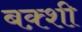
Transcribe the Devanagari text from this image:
बक़्शी